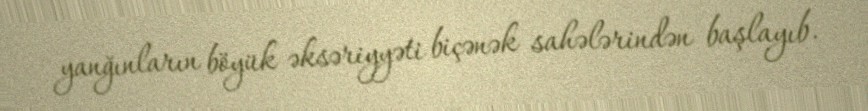
yanğınların böyük əksəriyyəti biçənək sahələrindən başlayıb.